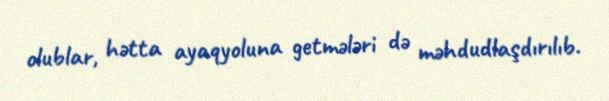
olublar, hətta ayaqyoluna getmələri də məhdudlaşdırılıb.